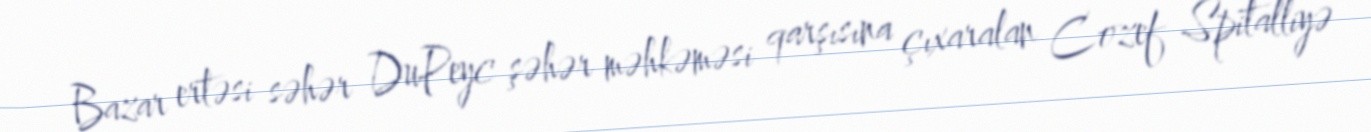
Bazar ertəsi səhər DuPeyc şəhər məhkəməsi qarşısına çıxaralan Cozef Spitalliyə